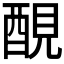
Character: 𨡁